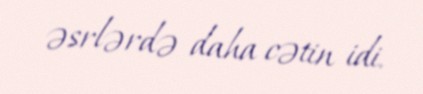
əsrlərdə daha cətin idi.